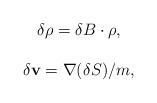
LaTeX: \begin{align*}\begin{array}{c}\delta \rho =\delta B\cdot \rho , \\ \\ \delta {\bf v}={\bf \nabla }(\delta S)/m, \end{array}\end{align*}